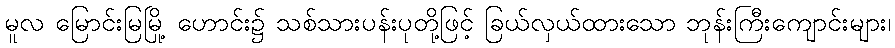
မူလ မြောင်းမြမြို့ ဟောင်း၌ သစ်သားပန်းပုတို့ဖြင့် ခြယ်လှယ်ထားသော ဘုန်းကြီးကျောင်းများ၊